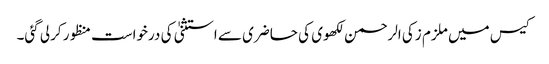
کیس میں ملزم زکی الرحمن لکھوی کی حاضری سے استثنیٰ کی درخواست منظور کرلی گئی۔